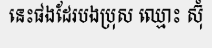
នេះផងដែរបងប្រុស ឈ្មោះ ស៊ុំ